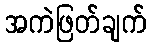
အကဲဖြတ်ချက်